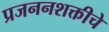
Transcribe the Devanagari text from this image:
प्रजननशक्तीचे